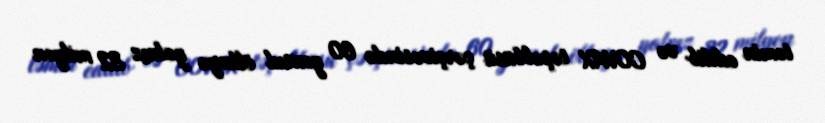
təmin edilib və COVAX təşəbbüsü çərçivəsində 60 yoxsul ölkəyə yalnız 32 milyon